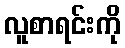
လူစာရင်းကို